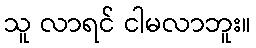
သူ လာရင် ငါမလာဘူး။